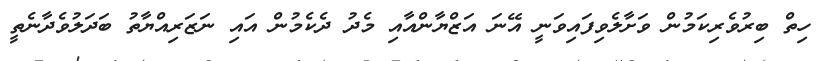
ހިތް ބިރުވެރިކަމުން ވަށާލެވިފައިވަނީ އޭނަ އަޒްޔާންއާއި މެދު ދެކެމުން އައި ނަޒަރިއްޔާތު ބަދަލުވެދާނެތީ